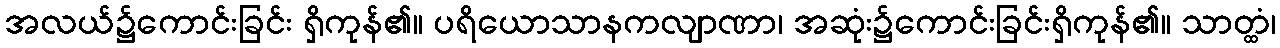
အလယ်၌ကောင်းခြင်း ရှိကုန်၏။ ပရိယောသာနကလျာဏာ၊ အဆုံး၌ကောင်းခြင်းရှိကုန်၏။ သာတ္ထံ၊